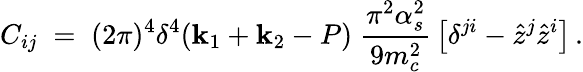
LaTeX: C_{ij}\; =\; (2\pi)^{4}\delta^{4}(\mathbf{k}_{1}+\mathbf{k}_{2}-P)\; {\frac{{\pi^{2}\alpha_{s}^{2}}}{{9m_{c}^{2}}}}\left[\delta^{ji}-{\hat{{z}}}^{j}{\hat{{z}}}^{i}\right]\, .